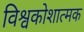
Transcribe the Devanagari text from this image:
विश्वकोशात्मक